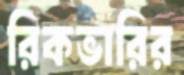
রিকভারির